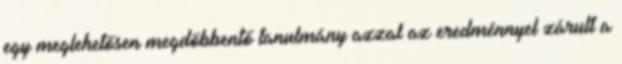
egy meglehetősen megdöbbentő tanulmány azzal az eredménnyel zárult a